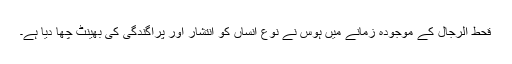
قحط الرجال کے موجودہ زمانے میں ہوس نے نوع انساں کو انتشار اور پراگندگی کی بھینٹ چھا دیا ہے۔